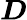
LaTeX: \boldsymbol{D}